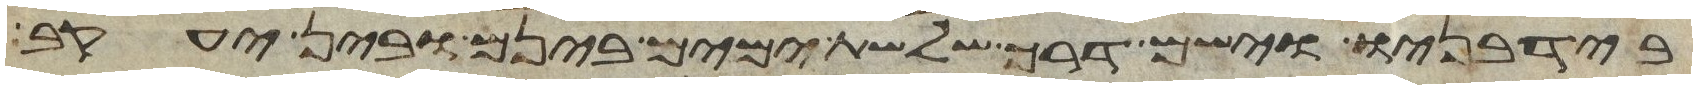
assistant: ביד בניו וישם דרך שלשת ימים בינם ובין יעקב